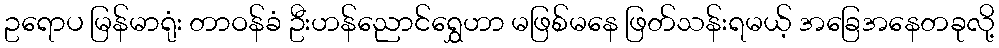
ဥရောပ မြန်မာရုံး တာဝန်ခံ ဦးဟန်ညောင်ရွှေဟာ မဖြစ်မနေ ဖြတ်သန်းရမယ့် အခြေအနေတခုလို့